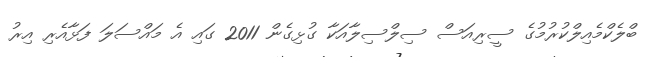
ބްލެކްމެއިލްކުރުމުގެ ސީރިއަސް ސިލްސިލާއަކާ ގުޅިގެން 2011 ގައި އެ މައްސަލަ ފަޅާއެރި އިރު